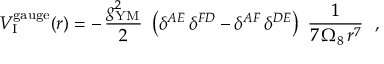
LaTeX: { V } _ { \mathrm { I } } ^ { \mathrm { g a u g e } } ( r ) = - \, \frac { g _ { \mathrm { Y M } } ^ { 2 } } { 2 } ~ \left( \delta ^ { A E } \, \delta ^ { F D } - \delta ^ { A F } \, \delta ^ { D E } \right) ~ \frac { 1 } { 7 \, \Omega _ { 8 } \, r ^ { 7 } } ~ ~ ,